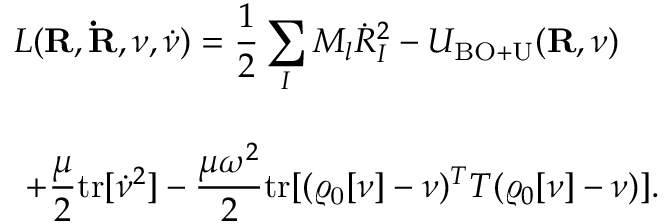
\begin{array} { l } { { \displaystyle { \cal L } ( { \bf R } , { \bf \dot { R } } , \nu , { \dot { \nu } } ) = \frac { 1 } { 2 } \sum _ { I } M _ { l } { \dot { R } } _ { I } ^ { 2 } - { \cal U } _ { \mathrm { B O + U } } ( { \bf R } , \nu ) } } \\ { ~ ~ } \\ { { \displaystyle ~ + \frac { \mu } { 2 } \mathrm { t r } [ { \dot { \nu } } ^ { 2 } ] - \frac { \mu \omega ^ { 2 } } { 2 } \mathrm { t r } [ ( \varrho _ { \mathrm { 0 } } [ \nu ] - \nu ) ^ { T } { \cal T } ( \varrho _ { 0 } [ \nu ] - \nu ) ] } . } \end{array}